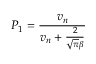
P _ { 1 } = \frac { v _ { n } } { v _ { n } + \frac { 2 } { \sqrt { \pi } \beta } }